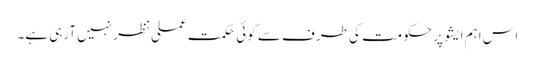
اس اہم ایشو پر حکومت کی طرف سے کوئی حکمت عملی نظر نہیں آرہی ہے۔